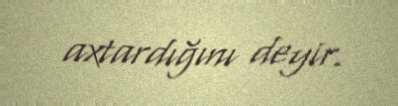
axtardığını deyir.